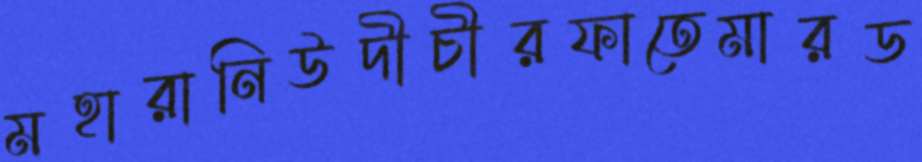
মহারানিউদীচীরফাতেমারড